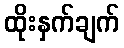
ထိုးနှက်ချက်